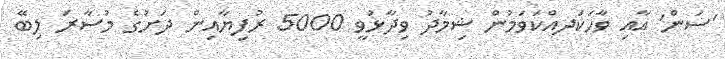
'ސަން' އާއި ވާހަކަދއްކަވަމުން ޝިމާދު ވިދާޅުވީ 5000 ރުފިޔާއިން ދަށުގެ މުސާރަ ލިބޭ